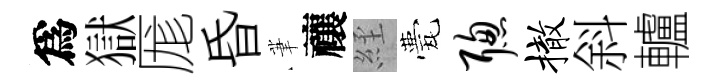
爲獄厖昏茟禳𦀇甍聪撤斜轤